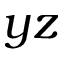
y z